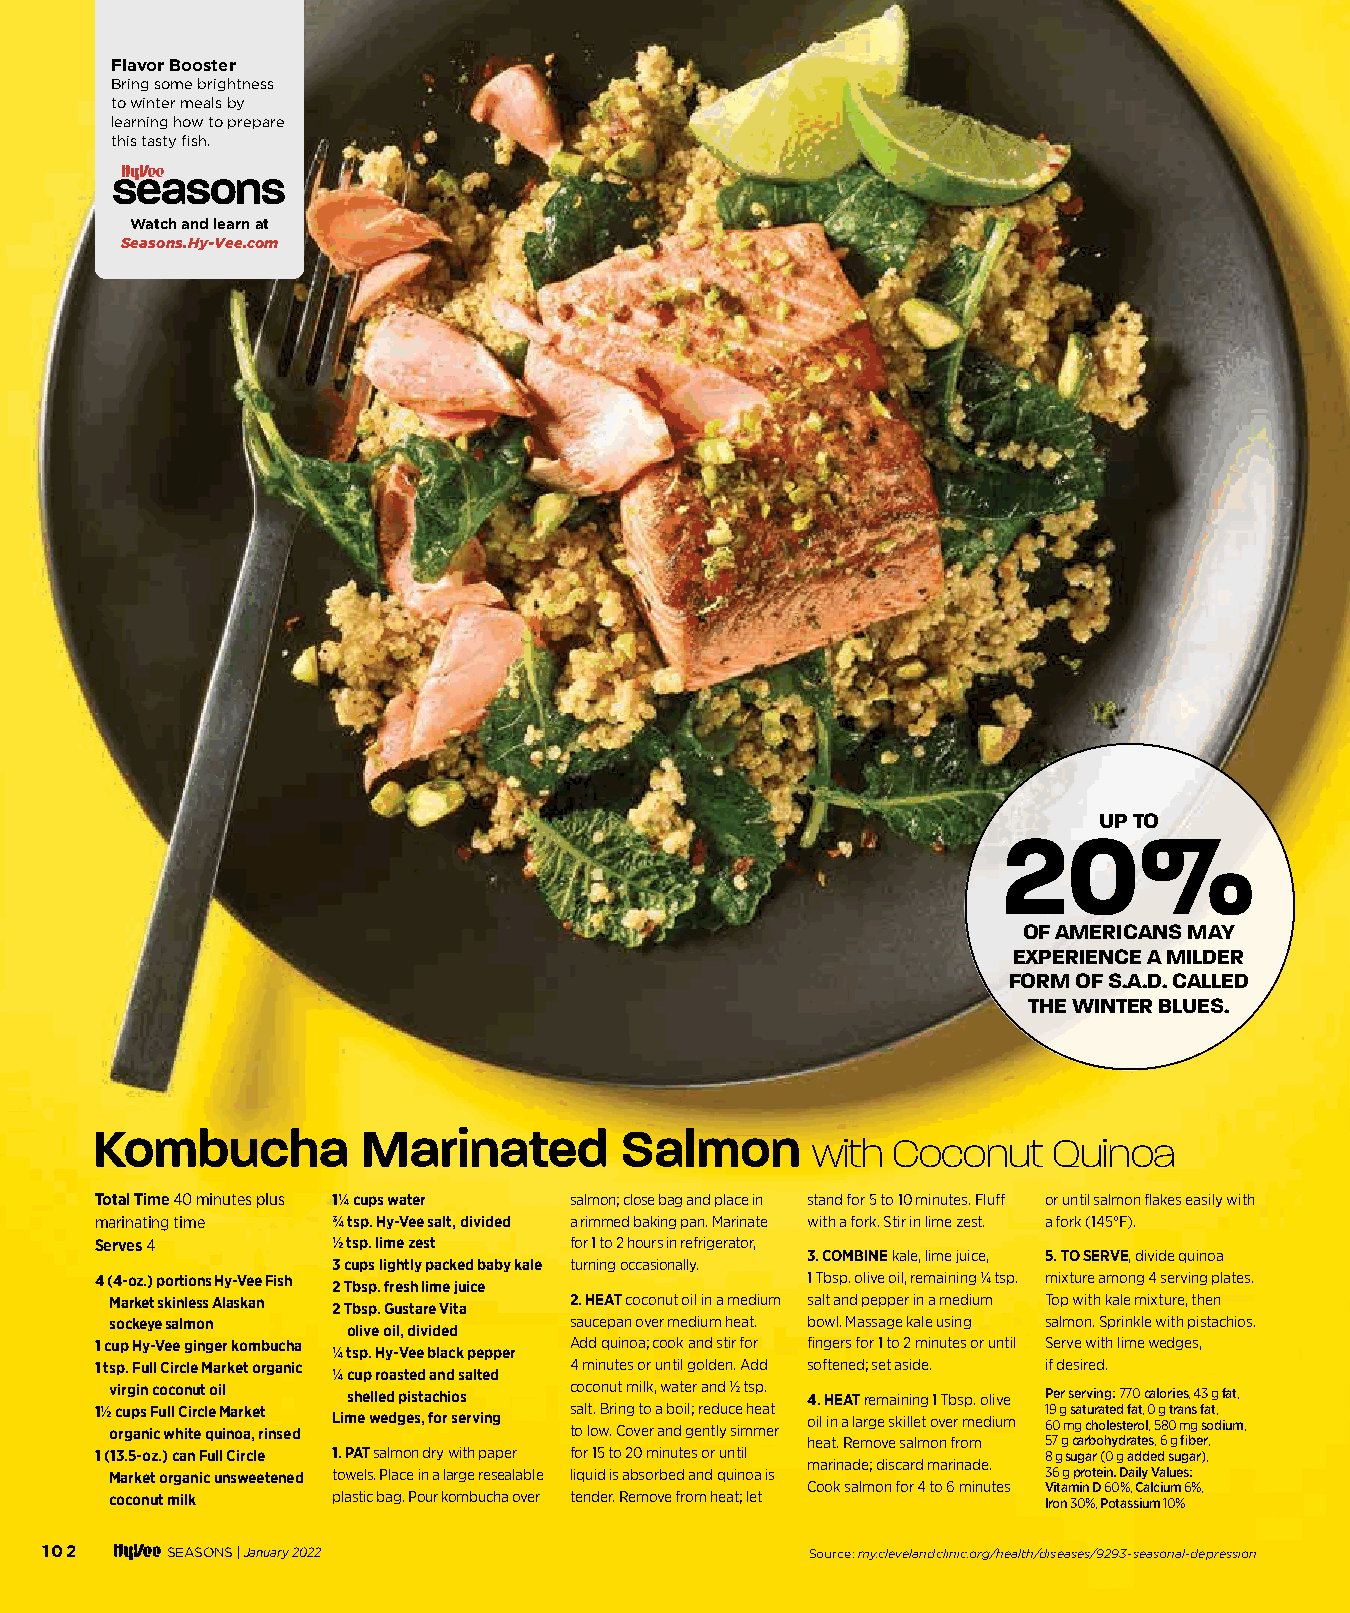
Flavor Booster
 Bring some brightness
 to winter meals by
 learning how to prepare
 this tasty fi sh.
 Watch and learn at
 Seasons.Hy-Vee.com
 UP TO
 20%
 OF AMERICANS MAY
 EXPERIENCE A MILDER
 FORM OF S.A.D. CALLED
 THE WINTER BLUES.
 Kombucha          Marinated        Salmon
 with Coconut    Quinoa
 Total Time 40 minutes plus 1¼ cups water salmon; close bag and place in stand for 5 to 10 minutes. Fluff or until salmon fl akes easily with
 marinating time ¾ tsp. Hy-Vee salt, divided a rimmed baking pan. Marinate with a fork. Stir in lime zest. a fork (145°F).
 Serves 4        ½ tsp. lime zest for 1 to 2 hours in refrigerator,
 3. COMBINE kale, lime juice, 5. TO SERVE, divide quinoa
 3 cups lightly packed baby kale turning occasionally.
 4 (4-oz.) portions Hy-Vee Fish                 1 Tbsp. olive oil, remaining ¼ tsp. mixture among 4 serving plates.
 2 Tbsp. fresh lime juice
 Market skinless Alaskan        2. HEAT coconut oil in a medium salt and pepper in a medium Top with kale mixture, then
 2 Tbsp. Gustare Vita
 sockeye salmon                 saucepan over medium heat. bowl. Massage kale using salmon. Sprinkle with pistachios.
 olive oil, divided
 1 cup Hy-Vee ginger kombucha    Add quinoa; cook and stir for fi ngers for 1 to 2 minutes or until Serve with lime wedges,
 ¼ tsp. Hy-Vee black pepper
 1 tsp. Full Circle Market organic 4 minutes or until golden. Add softened; set aside. if desired.
 ¼ cup roasted and salted
 virgin coconut oil shelled pistachios coconut milk, water and ½ tsp. 4. HEAT remaining 1 Tbsp. olive Per serving: 770 calories, 43 g fat,
 1½ cups Full Circle Market      salt. Bring to a boil; reduce heat 19 g saturated fat, 0 g trans fat,
 organic white quinoa, rinsed Lime wedges, for serving to low. Cover and gently simmer oil in a large skillet over medium 60 mg cholesterol, 580 mg sodium,
 heat. Remove salmon from 57 g carbohydrates, 6 g fi ber,
 1 (13.5-oz.) can Full Circle 1. PAT salmon dry with paper for 15 to 20 minutes or until 8 g sugar (0 g added sugar),
 marinade; discard marinade.
 Market organic unsweetened towels. Place in a large resealable liquid is absorbed and quinoa is 36 g protein. Daily Values:
 Cook salmon for 4 to 6 minutes Vitamin D 60%, Calcium 6%,
 coconut milk   plastic bag. Pour kombucha over tender. Remove from heat; let Iron 30%, Potassium 10%
 102     SEASONS |January 2022                      Source: my.clevelandclinic.org/health/diseases/9293-seasonal-depression
 110000--110033 FFooooddss TThhaatt FFiigghhtt SSAADD__1111..2299..iinndddd 110022 1111//2299//2211 22::0066 PPMM